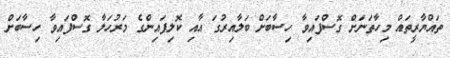
ތައްޔާރީތައް މިހާތަނަށް ގޮސްފައިވާ ހިސާބަށް ބަލާއިރުގަ އާއި ކޮލިފައިންގެ މަރުހަލާ ގޮސްފައިވާ ހިސާބަށް